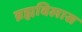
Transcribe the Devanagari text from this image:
ब्रह्मविलास